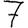
Digit: 7